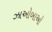
ઝાઓબાઓ